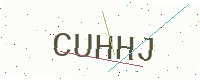
Text: CUHHJ